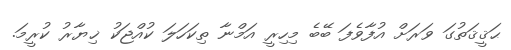
ޙަޤީޤަތުގަ ވަރަށް އުފާވެފަ ބޭބެ މިހިރީ އަމްނާ ތިކަހަލަ ކުއްޖަކު ޚިޔާރު ކުރީމަ.